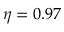
\eta = 0 . 9 7